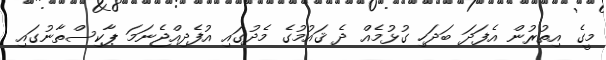
މީގެ އިތުރުން އެފަދަ ބަދަހި ގުޅުމެއް ދެ ޤައުމުގެ މެދުގައި އުފެދިއްޖެނަމަ ޕާކިސްތާނުގައި